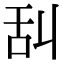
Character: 舏